Vaccination in Burma 1900-1911 - 1900-1911
Year: 1900
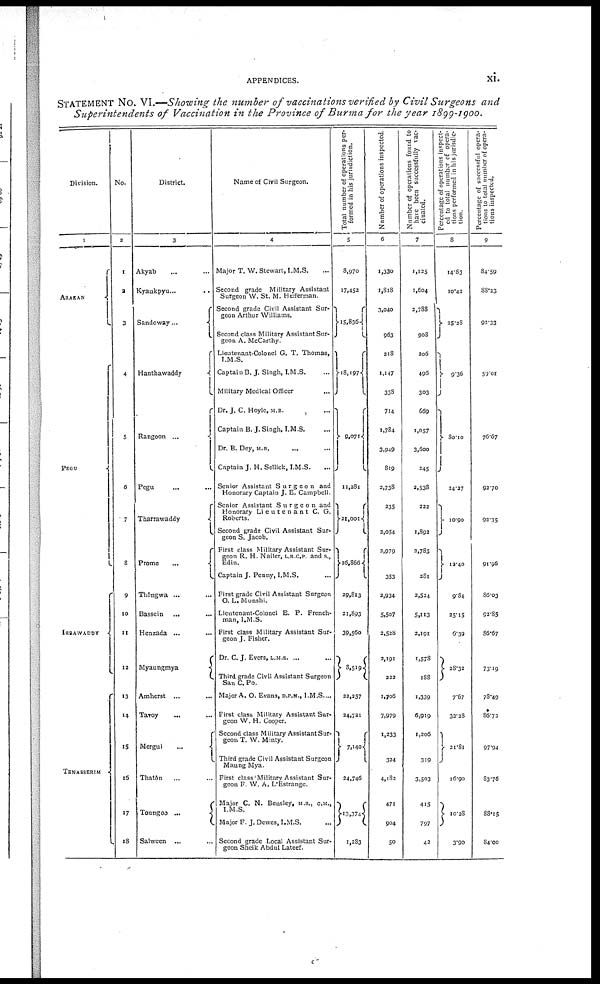
APPENDICES.
xi.
STATEMENT NO. VI.—Showing the number of vaccinations verified by Civil Surgeons and
Superintendents of Vaccination in the Province of Burma for the year 1899-1900.
Division.
1
ARAKAN
PEGU
IRRAWADDY...
TENASSERIM...
No.
2
1
2
3
4
5
5
6
7
8
9
10
11
12
13
14
15
16
17
18
District.
3
Akyab... ...
Kyaukpyu... ...
Sandoway...
...
Hanthawaddy...
Rangoon ... ... ...
Pegu
Tharrawaddy...
...
Prome
...
...
Thongwa... ...
Bassein
...
Henzada...
...
...
Myaungmya
...
...
Amhers... ...
Tavoy...
Mergui...
....
Thatôn ... ...
Toungoo
...
Salween ...
Name of Civil Surgeon.
4
Major T. W. Stewart, I.M.S.
Second grade Military Assistant
Surgeon W. St. M. Hefferman.
Second grade Civil Assistant Sur-
geon Arthur Williams.
Second class Military Assistant Sur-
geon A. McCarthy.
Lieutenant-Colonel G. T. Thomas.
I.M.S.
Captain B. J. Singh, I.M.S.
Military Medical Officer... ...
Dr. J. C. Hoyle, M.B.
Captain B. J.Singh, I.M.S....
Dr. B. Dey, M.B.
Captain J. H. Sellick, I.M.S.
Senior Assistant Surgeon and
Honorary Captain J. E. Campbell.
Senior Assistant Surgeon and
Honorary LieutenantC. G.
Roberts.
Second grade Civil Assistant Sur-
geon S. Jacob.
First class Military Assistant Sur-
geon R. H. Nailer, L.R.C.P. and S.,
Edin.
Captain J. Penny, I.M.S.
First grade Civil Assistant Surgeon
O. L. Munshi.
Lieutenant-Colonel E. P. French-
man, I.M.S.
First class Military Assistant Sur-
geon J. Fisher.
Dr. C. J. Evers, L.M.S. ...
Third grade Civil Assistant Surgeon
San C. Po.
Major A. O. Evans, D.P.M., I.M.S....
First class Military Assistant Sur-
geon W. H. Cooper.
Second class Military Assistant Sur-
geon T. W. Minty.
Third grade Civil Assistant Surgeon
Maung Mya.
First class Military Assistant Sur-
geon F. W. A. L Estrange.
Major C. N. Bensley, M.B., CM.,
I.M.S.
Major F. J. Dewes, I.M.S.
Second grade Local Assistant Sur-
geon Sheik Abdul Lateef.
Total number of operations per-
formed in his jurisdiction.
5
8,970
17,452
15,836
18,197
9,071
11,281
21,001
26,866
29,813
21,893
39,560
8,519
22,257
24,721
7,140
24,746
13,374
1,283
Number of operations inspected.
6
1,330
1,818
3,040
963
218
1,147
338
714
1,784
3,949
819
2,738
235
2,054
2,979
353
2,934
5,507
2,528
2,191
222
1,706
7,979
1,233
334
4,182
471
904
50
Number of operations found to
have been successfully vac-
cinated.
7
1,125
1,604
2,788
908
206
496
303
669
1,057
3,600
245
3,538
222
1,892
2.783
281
2,524
5,113
2,191
1,578
188
1,339
6,919
1,206
319
3,503
415
797
42
Percentage of operations inspect-
ed to total number of opera-
tions performed in his jurisdic-
tion.
8
14.83
10.42
25.23
9.36
80.10
24.27
10.90
12.40
984
35.15
6.39
28.32
7.67
33.28
22.81
16.90
10.28
3.90
Percentage of successful opera-
tions to total number of opera-
tions inspected.
9
84.59
88.23
93.33
59.01
76.67
92.70
92.35
91.96
86.03
92.85
86.67
73.19
78.49
86.73
97.94
83.76
88.15
84.00